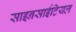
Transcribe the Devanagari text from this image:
साइनसाईटियल